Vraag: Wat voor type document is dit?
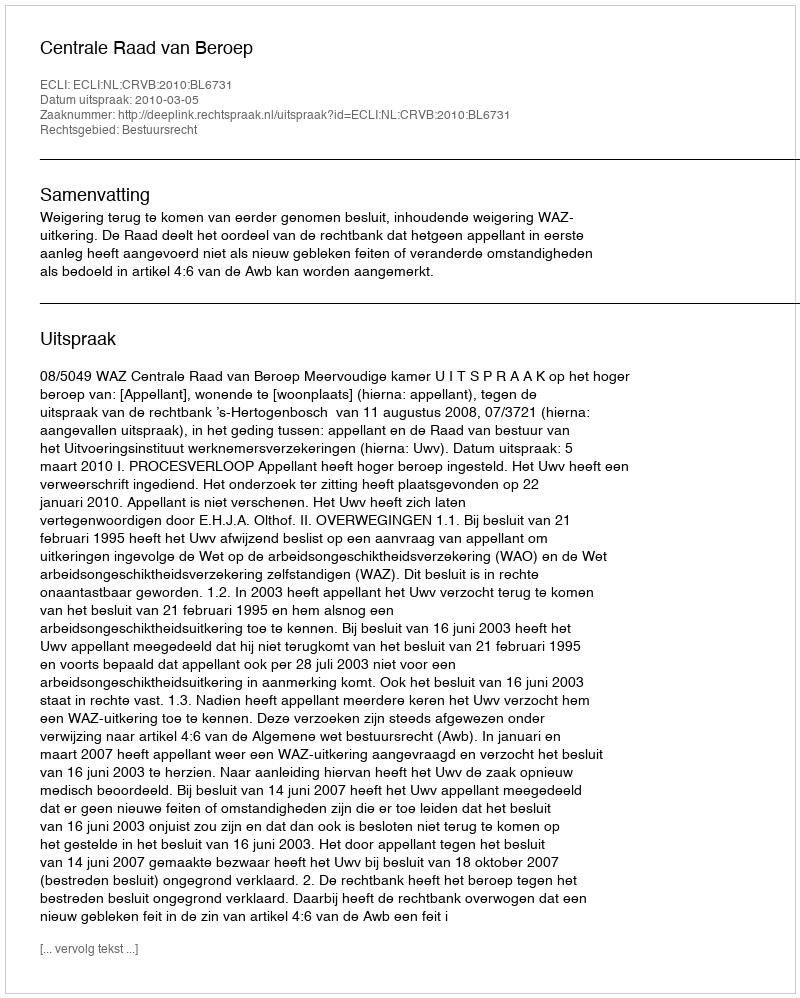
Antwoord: Uitspraak